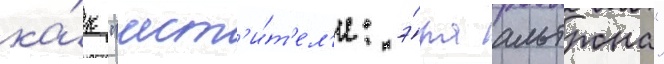
ка́к "мст'и́т'ел'и: э́ра альтрона"